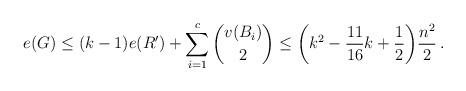
LaTeX: \begin{align*}e(G) \leq (k-1)e(R')+\sum_{i=1}^c \binom{v(B_i)}{2}\leq \bigg(k^2-\frac{11}{16}k+\frac{1}{2}\bigg)\frac{n^2}{2}\,.\end{align*}